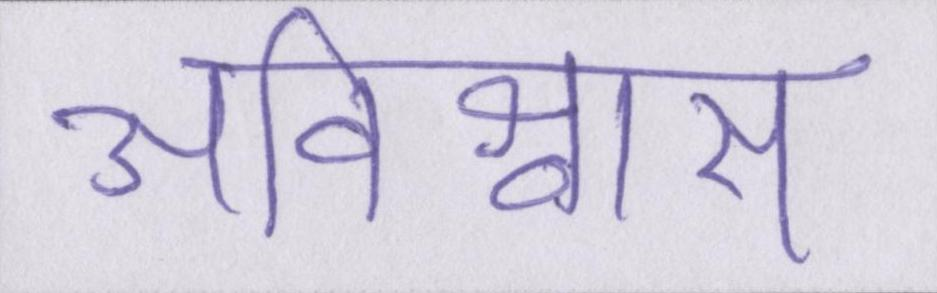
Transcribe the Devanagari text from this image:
अविश्वास